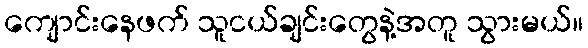
ကျောင်းနေဖက် သူငယ်ချင်းတွေနဲ့အတူ သွားမယ်။